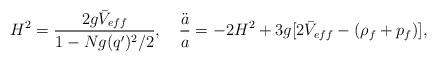
LaTeX: \begin{align*}H^2={2g \bar V_{eff}\over 1-Ng(q')^2/2}, \ \ \ {\ddot a\over a}=-2H^2+3g[2\bar V_{eff}-(\rho_f+p_f)],\end{align*}